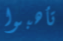
تأهبوا